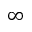
\infty